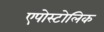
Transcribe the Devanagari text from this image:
एपोस्टोलिक